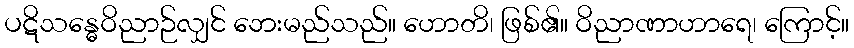
ပဋိသန္ဓေဝိညာဉ်လျှင် ဘေးမည်သည်။ ဟောတိ၊ ဖြစ်၏။ ဝိညာဏာဟာရေ၊ ကြောင့်။